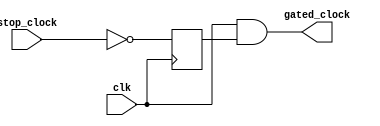
`timescale 1ns/1ps

module clock_gater(
    input clk, 
    input stop_clock,
    
    output gated_clock
);

    reg clock_prop;

    always @(negedge clk) begin
        clock_prop <= ~stop_clock;
    end

    assign gated_clock = clk & clock_prop;

endmodule